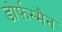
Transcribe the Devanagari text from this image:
डोर्फस्मैन